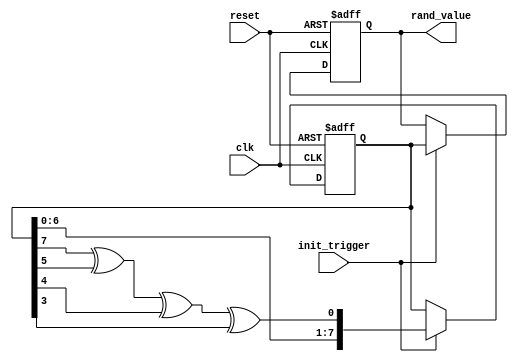
module RandomInitialization #(
    parameter WIDTH = 8,          // Width of the random value output
    parameter SEED = 8'hA5       // Default seed value
)(
    input wire clk,               // Clock signal
    input wire reset,             // Reset signal
    input wire init_trigger,      // Trigger for random value generation
    output reg [WIDTH-1:0] rand_value // Output random value
);

    reg [WIDTH-1:0] lfsr;         // LFSR state variable

    // LFSR feedback polynomial (example: x^8 + x^6 + x^5 + x^4 + 1)
    wire feedback = lfsr[7] ^ lfsr[5] ^ lfsr[4] ^ lfsr[3];

    // Random value generation process
    always @(posedge clk or posedge reset) begin
        if (reset) begin
            lfsr <= SEED;           // Initialize LFSR with seed value
            rand_value <= 0;        // Clear output on reset
        end else if (init_trigger) begin
            lfsr <= {lfsr[WIDTH-2:0], feedback}; // Shift and feedback
            rand_value <= lfsr;     // Update output with current LFSR value
        end
    end

endmodule